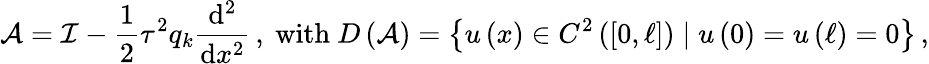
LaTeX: {\mathcal{A}}={\mathcal{I}}-\frac{1}{2}{\tau}^{2}{q}_{k}\frac{\mathrm{d}^{2}}{\mathrm{d}{x}^{2}}\, ,\ \mathrm{with}\ D\left({\mathcal{A}}\right)=\left\{ u\left(x\right)\in{C}^{2}\left(\left[0,\ell\right]\right)\mid u\left(0\right)=u\left(\ell\right)=0\right\} \, ,